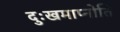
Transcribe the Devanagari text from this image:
दुःखमाप्नोति